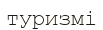
туризмі